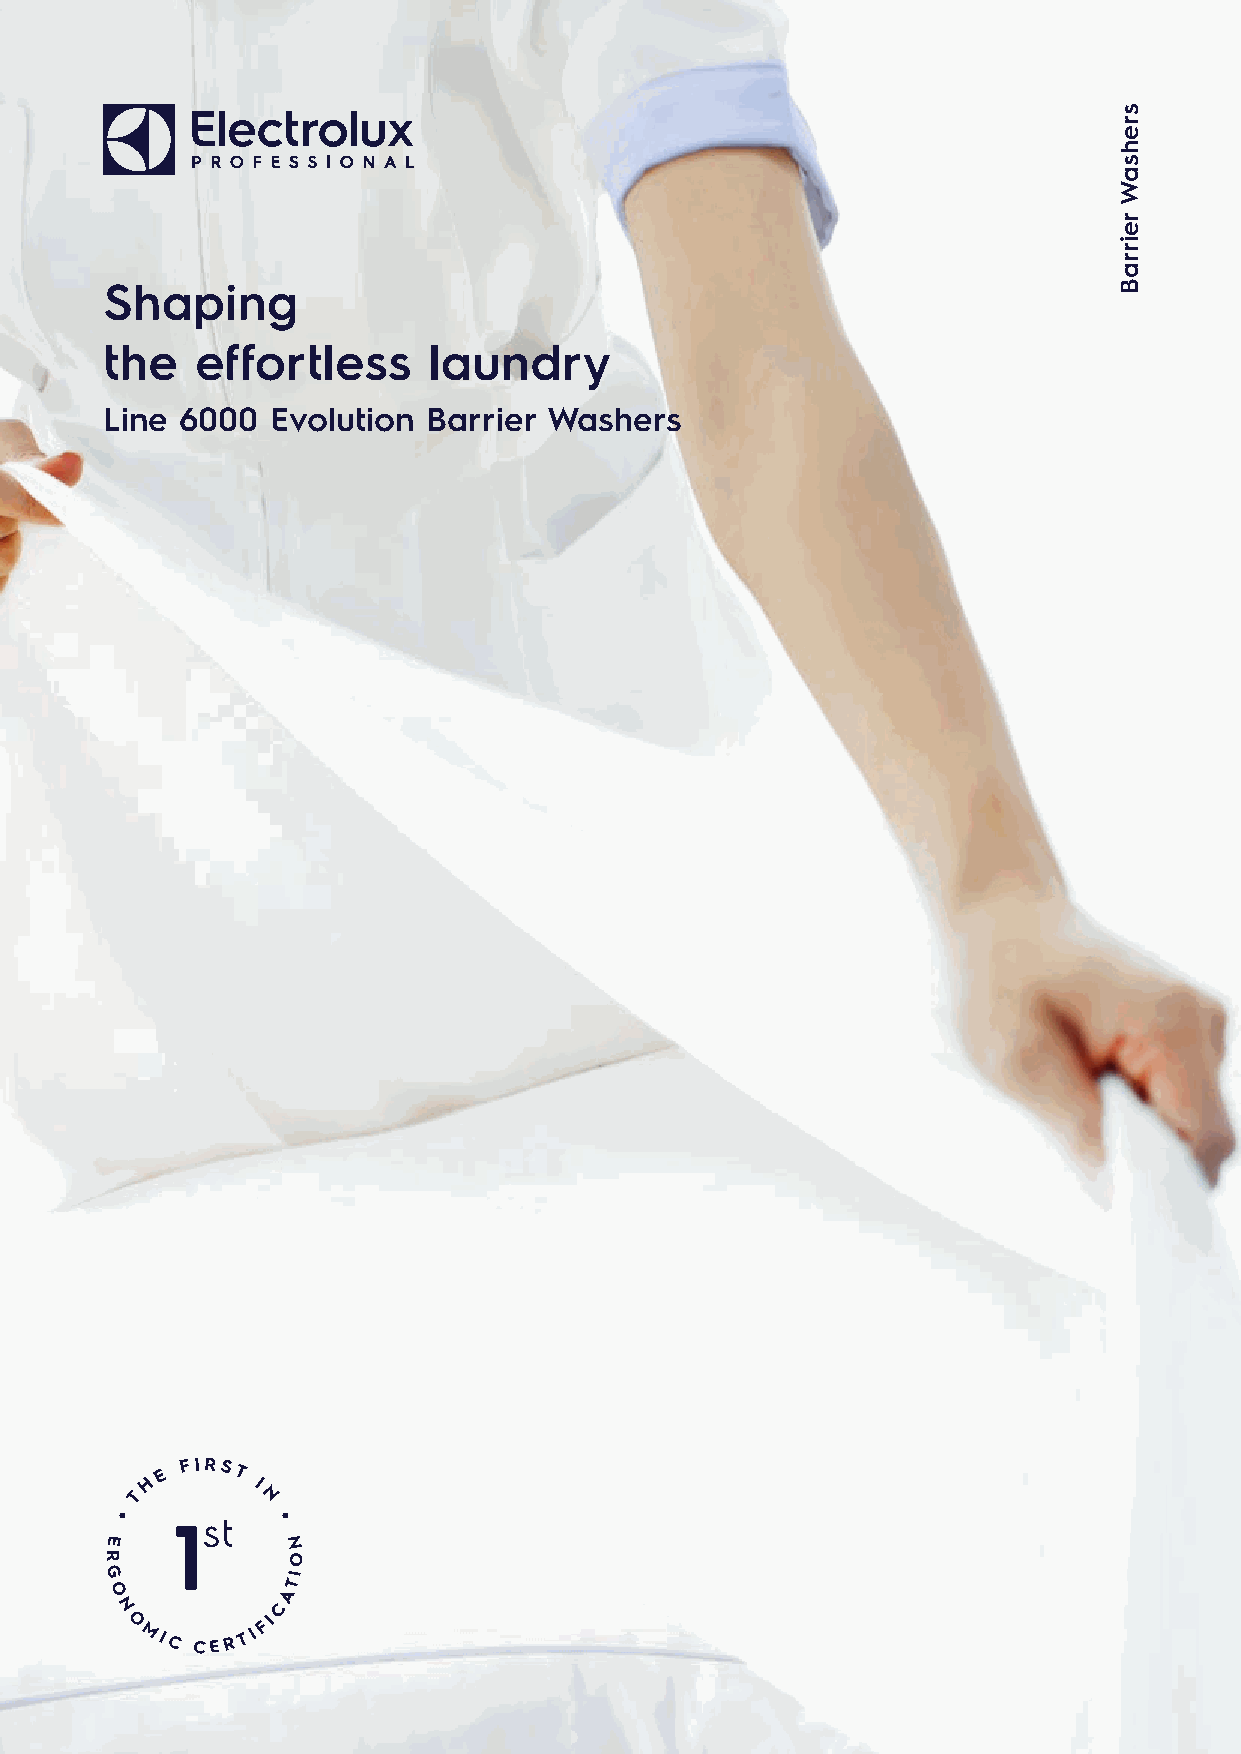
Shaping
 the   effortless     laundry
 Line 6000  Evolution Barrier Washers
 H
 E
 F IRST
 I
 T       N
 E           N
 R           O
 G           I
 T
 O           A
 N         C
 O        FI
 MIC CE R T I
 srehsaW
 reirraB